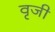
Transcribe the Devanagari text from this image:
वृजी